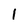
Character: 1